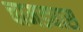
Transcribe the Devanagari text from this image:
चामड्यास